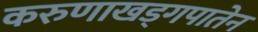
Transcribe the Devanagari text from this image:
करुणाखड्गपातेन